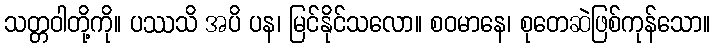
သတ္တဝါတို့ကို။ ပဿသိ အပိ ပန၊ မြင်နိုင်သလော။ စဝမာနေ၊ စုတေဆဲဖြစ်ကုန်သော။